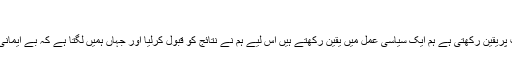
‘
رہنما پیپلز پارٹی نے کہا کہ’ پاکستان پیپلز پارٹی جمہوریت پریقین رکھتی ہے ہم ایک سیاسی عمل میں یقین رکھتے ہیں اس لیے ہم نے نتائج کو قبول کرلیا اور جہاں ہمیں لگتا ہے کہ بے ایمانی ہوئی ہے وہاں کا معاملہ ہم عدالت میں لے کے جائیں گے۔